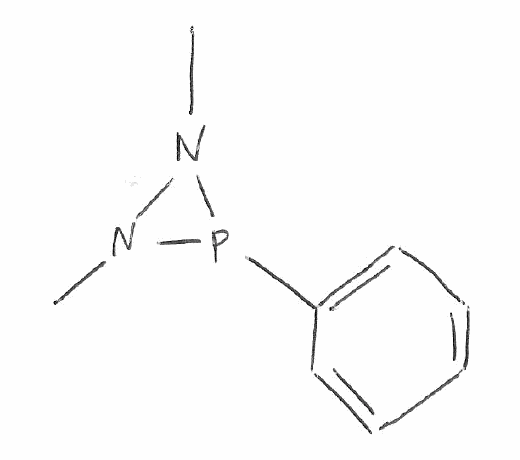
Simplified molecular-input line-entry system (SMILES) notation of the given molecule:
CN1N(P1C2=CC=CC=C2)C